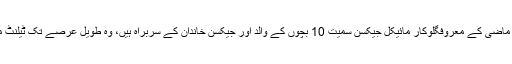
واضح رہے کہ 88 سالہ جوزف جیکسن ماضی کے معروفگلوکار مائیکل جیکسن سمیت 10 بچوں کے والد اور جیکسن خاندان کے سربراہ ہیں، وہ طویل عرصے تک ٹیلنٹ منیجر کے طور پر کام کرتے رہے ہیں ۔